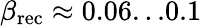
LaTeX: \beta_{\mathrm{rec}}\approx 0.06...0.1